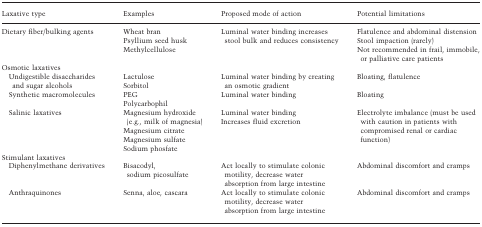
<table><thead><tr><td><b>Laxative type</b></td><td><b>Examples</b></td><td><b>Proposed mode of action</b></td><td><b>Potential limitations</b></td></tr></thead><tbody><tr><td>Dietary fiber/bulking agents</td><td>Wheat bran Psyllium seed husk Methylcellulose</td><td>Luminal water binding increases stool bulk and reduces consistency</td><td>Flatulence and abdominal distension Stool impaction (rarely) Not recommended in frail, immobile, or palliative care patients</td></tr><tr><td colspan="4">Osmotic laxatives</td></tr><tr><td> Undigestible disaccharides and sugar alcohols</td><td>Lactulose Sorbitol</td><td>Luminal water binding by creating an osmotic gradient</td><td>Bloating, flatulence</td></tr><tr><td> Synthetic macromolecules</td><td>PEG Polycarbophil</td><td>Luminal water binding</td><td>Bloating</td></tr><tr><td> Salinic laxatives</td><td>Magnesium hydroxide (e.g., milk of magnesia) Magnesium citrate Magnesium sulfate Sodium phosfate</td><td>Luminal water binding Increases fluid excretion</td><td>Electrolyte imbalance (must be used with caution in patients with compromised renal or cardiac function)</td></tr><tr><td colspan="4">Stimulant laxatives</td></tr><tr><td> Diphenylmethane derivatives</td><td>Bisacodyl, sodium picosulfate</td><td>Act locally to stimulate colonic motility, decrease water absorption from large intestine</td><td>Abdominal discomfort and cramps</td></tr><tr><td> Anthraquinones</td><td>Senna, aloe, cascara</td><td>Act locally to stimulate colonic motility, decrease water absorption from large intestine</td><td>Abdominal discomfort and cramps</td></tr></tbody></table>